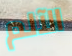
الآلم